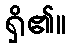
ရှိ၏။